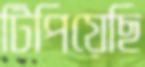
টিপিয়েছি